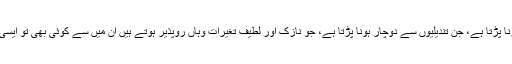
شکم مادر میں ایک قطرہ آب کو انسان بننے تک جن مرحلوں سے گزرنا پڑتا ہے، جن تندیلیوں سے دوچار ہونا پڑتا ہے، جو نازک اور لطیف تغیرات وہاں روپذیر ہوتے ہیں ان میں سے کوئی بھی تو ایسی بات نہیں جو اس کے علم اور اس کے اذن کے بغیر رونما ہو رہی ہو۔